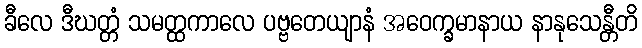
ခီလေ ဒီဃတ္တံ သမတ္ထကာလေ ပဗ္ဗတေယျာနံ အဝေက္ခမာနာယ နာနုသေန္တီတိ